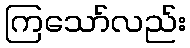
ကြသော်လည်း